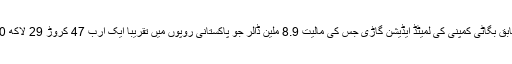
غیر ملکی میڈیا کے مطابق بگاٹی کمپنی کی لمیٹڈ ایڈیشن گاڑی جس کی مالیت 8.9 ملین ڈالر جو پاکستانی روپوں میں تقریباً ایک ارب 47 کروڑ 29 لاکھ 50 ہزار روپے بنتی ہے۔